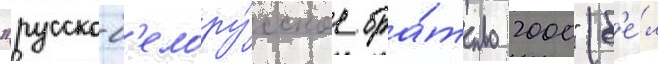
"русско-б'елору́сское бра́тство 2000" (б'е́л